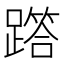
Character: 𨅞